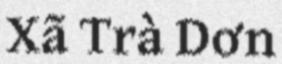
Xã Trà Dơn